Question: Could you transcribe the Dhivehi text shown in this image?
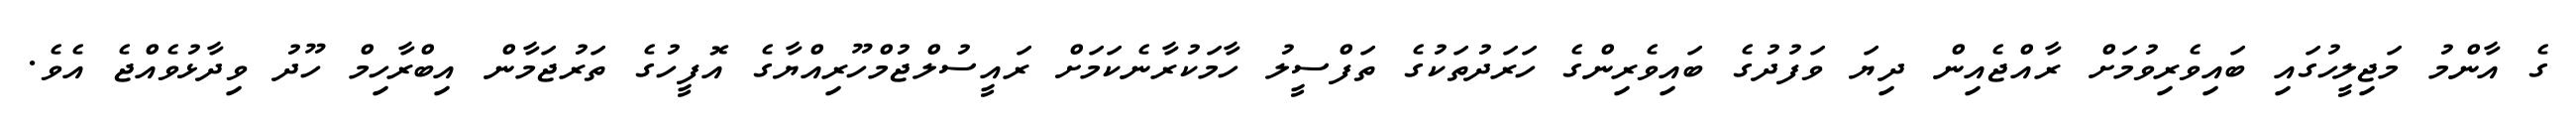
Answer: ގެ އާންމު މަޖިލީހުގައި ބައިވެރިވުމަށް ރާއްޖެއިން ދިޔަ ވަފުދުގެ ބައިވެރިންގެ ހަރަދުތަކުގެ ތަފްސީލު ހާމަކުރާނެކަމަށް ރައީސުލްޖުމްހޫރިއްޔާގެ އޮފީހުގެ ތަރުޖަމާން އިބްރާހިމް ހޫދު ވިދާޅުވެއްޖެ އެވެ.